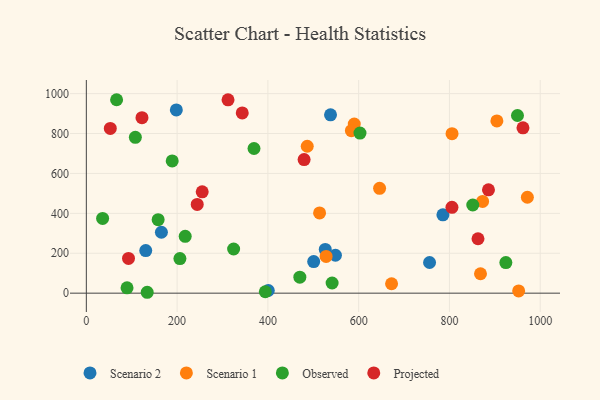
{"axis": {"x": "Engine Size", "y": "Salary"}, "legend": ["Observed", "Projected", "Scenario 1", "Scenario 2"], "data": [{"x": "526.4", "y": 219.2, "type": "Scenario 2"}, {"x": "400.9", "y": 13.3, "type": "Scenario 2"}, {"x": "130.9", "y": 213.6, "type": "Scenario 2"}, {"x": "538.0", "y": 893.8, "type": "Scenario 2"}, {"x": "500.9", "y": 158.4, "type": "Scenario 2"}, {"x": "198.3", "y": 918.5, "type": "Scenario 2"}, {"x": "785.6", "y": 392.4, "type": "Scenario 2"}, {"x": "548.8", "y": 190.1, "type": "Scenario 2"}, {"x": "756.2", "y": 153.8, "type": "Scenario 2"}, {"x": "165.4", "y": 305.3, "type": "Scenario 2"}, {"x": "513.9", "y": 402.0, "type": "Scenario 1"}, {"x": "952.5", "y": 11.2, "type": "Scenario 1"}, {"x": "590.3", "y": 847.6, "type": "Scenario 1"}, {"x": "868.4", "y": 97.3, "type": "Scenario 1"}, {"x": "904.5", "y": 863.1, "type": "Scenario 1"}, {"x": "528.3", "y": 184.1, "type": "Scenario 1"}, {"x": "971.7", "y": 480.7, "type": "Scenario 1"}, {"x": "583.9", "y": 814.2, "type": "Scenario 1"}, {"x": "646.1", "y": 525.3, "type": "Scenario 1"}, {"x": "805.7", "y": 799.2, "type": "Scenario 1"}, {"x": "486.7", "y": 736.3, "type": "Scenario 1"}, {"x": "672.5", "y": 47.1, "type": "Scenario 1"}, {"x": "873.0", "y": 459.9, "type": "Scenario 1"}, {"x": "189.2", "y": 662.6, "type": "Observed"}, {"x": "324.5", "y": 221.3, "type": "Observed"}, {"x": "924.3", "y": 153.2, "type": "Observed"}, {"x": "949.9", "y": 890.3, "type": "Observed"}, {"x": "394.3", "y": 7.2, "type": "Observed"}, {"x": "35.9", "y": 374.8, "type": "Observed"}, {"x": "541.5", "y": 50.9, "type": "Observed"}, {"x": "369.4", "y": 725.1, "type": "Observed"}, {"x": "134.1", "y": 4.5, "type": "Observed"}, {"x": "217.8", "y": 284.8, "type": "Observed"}, {"x": "66.7", "y": 969.4, "type": "Observed"}, {"x": "470.4", "y": 80.3, "type": "Observed"}, {"x": "851.4", "y": 441.9, "type": "Observed"}, {"x": "602.9", "y": 802.3, "type": "Observed"}, {"x": "89.7", "y": 26.6, "type": "Observed"}, {"x": "158.2", "y": 368.4, "type": "Observed"}, {"x": "108.0", "y": 780.8, "type": "Observed"}, {"x": "206.2", "y": 173.4, "type": "Observed"}, {"x": "805.5", "y": 430.3, "type": "Projected"}, {"x": "255.3", "y": 507.9, "type": "Projected"}, {"x": "343.5", "y": 903.2, "type": "Projected"}, {"x": "886.0", "y": 518.0, "type": "Projected"}, {"x": "962.0", "y": 828.5, "type": "Projected"}, {"x": "122.6", "y": 879.7, "type": "Projected"}, {"x": "479.8", "y": 669.5, "type": "Projected"}, {"x": "52.8", "y": 825.5, "type": "Projected"}, {"x": "312.2", "y": 968.8, "type": "Projected"}, {"x": "244.3", "y": 444.7, "type": "Projected"}, {"x": "92.9", "y": 174.2, "type": "Projected"}, {"x": "862.9", "y": 272.6, "type": "Projected"}]}